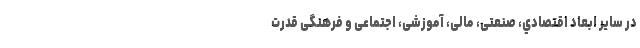
در سایر ابعاد اقتصادي، صنعتی، مالی، آموزشی، اجتماعی و فرهنگی قدرت